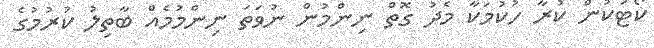
ކޯޓަކުން ކުރާ ހުކުމަކާ މެދު ގޮތް ނިންމުން ނުވަތަ ނިންމުމެއް ބާތިލު ކުރުމުގެ